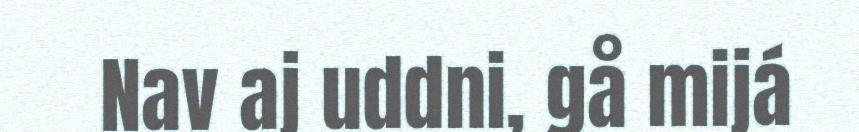
Nav aj uddni, gå mijá